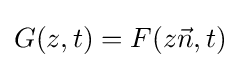
G(z,t)=F(z{\vec {n}},t)